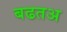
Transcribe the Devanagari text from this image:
बढतअ